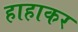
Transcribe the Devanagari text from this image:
हाहाकर